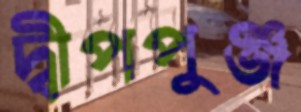
দ্বীপপুঞ্জ